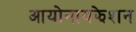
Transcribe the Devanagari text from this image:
आयोनायझेशन